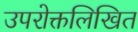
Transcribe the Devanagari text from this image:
उपरोक्तलिखित